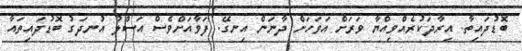
ބޮޑުދައިތާ. އިރާދަކުރެއްވިއްޔާ ވަރަށް އަވަހަށް ދާނަން އިނގޭ. ފަވާއަށްވެސް އަސްލު އުނދަގު ބޮޑުދައިތައާ